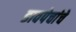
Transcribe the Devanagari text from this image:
डावपेचांचे